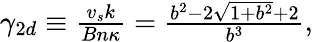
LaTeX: \begin{array}{r}{\gamma_{2d}\equiv\frac{v_{s}k}{Bn\kappa}=\frac{b^{2}-2\sqrt{1+b^{2}}+2}{b^{3}},}\end{array}